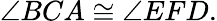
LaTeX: \angle BCA\cong\angle EFD.